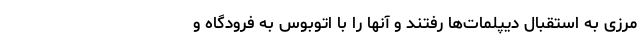
مرزی به استقبال دیپلمات‌ها رفتند و آنها را با اتوبوس به فرودگاه و